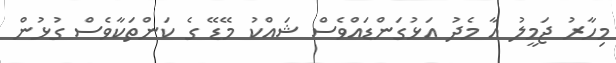
މިހާރު ޖަމީލު އާ މެދު އަޅުގަންޑައްވެސް ޝައްކު މޭޑޭ ގެ ކަންތަކާވެސް ގުޅުން